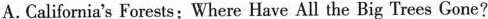
A.California's Forests:Where Have All the Big Trees Gone?